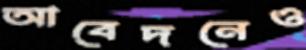
আবেদনেও